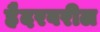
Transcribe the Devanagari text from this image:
हैदरवरील